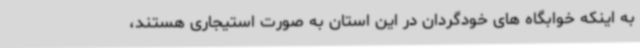
به اینکه خوابگاه های خودگردان در این استان به صورت استیجاری هستند،